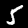
Digit: 5